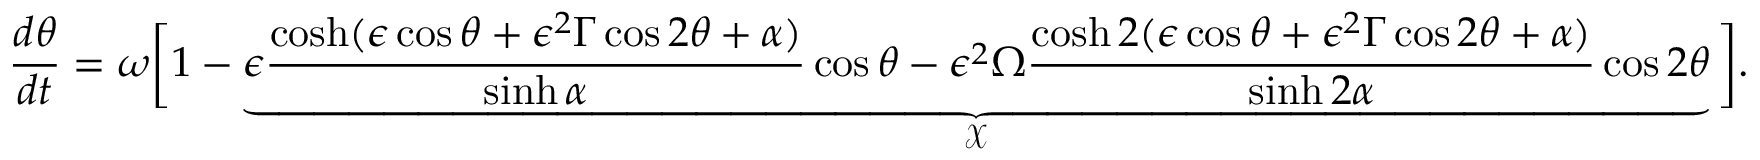
\frac { d \theta } { d t } = \omega \bigg [ 1 - \underbrace { \epsilon \frac { \cosh ( \epsilon \cos \theta + \epsilon ^ { 2 } \Gamma \cos 2 \theta + \alpha ) } { \sinh \alpha } \cos \theta - \epsilon ^ { 2 } \Omega \frac { \cosh 2 ( \epsilon \cos \theta + \epsilon ^ { 2 } \Gamma \cos 2 \theta + \alpha ) } { \sinh 2 \alpha } \cos 2 \theta } _ { \mathcal { X } } \bigg ] .